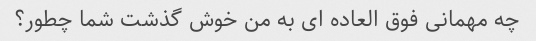
چه مهمانی فوق العاده ای به من خوش گذشت شما چطور؟